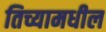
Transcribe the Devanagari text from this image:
तिच्यामधील